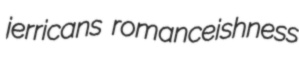
jerricans romanceishness